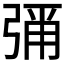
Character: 𭚶